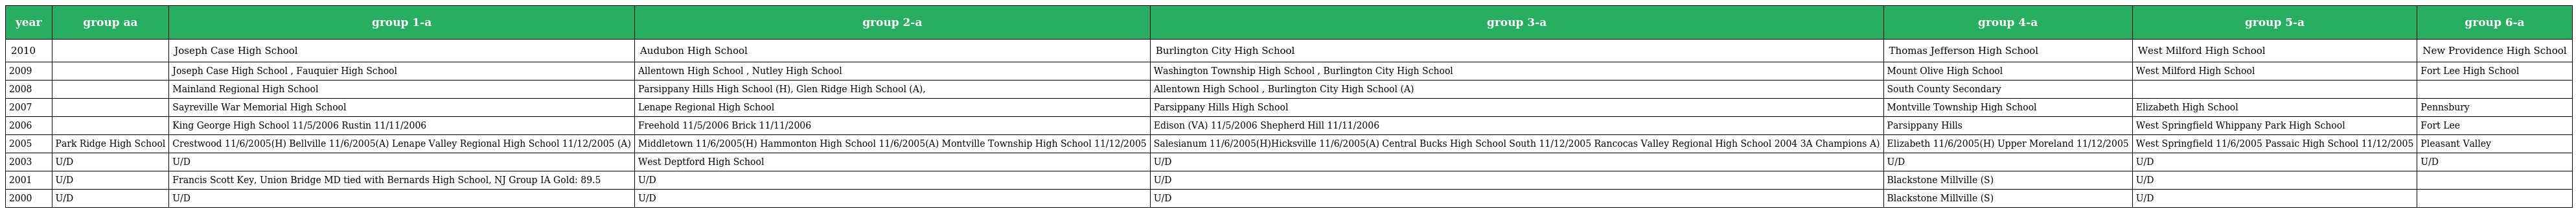
| year | group aa | group 1-a | group 2-a | group 3-a | group 4-a | group 5-a | group 6-a |
 | --- | --- | --- | --- | --- | --- | --- | --- |
 | 2010 |  | Joseph Case High School | Audubon High School | Burlington City High School | Thomas Jefferson High School | West Milford High School | New Providence High School |
 | 2009 |  | Joseph Case High School , Fauquier High School | Allentown High School , Nutley High School | Washington Township High School , Burlington City High School | Mount Olive High School | West Milford High School | Fort Lee High School |
 | 2008 |  | Mainland Regional High School | Parsippany Hills High School (H), Glen Ridge High School (A), | Allentown High School , Burlington City High School (A) | South County Secondary |  |  |
 | 2007 |  | Sayreville War Memorial High School | Lenape Regional High School | Parsippany Hills High School | Montville Township High School | Elizabeth High School | Pennsbury |
 | 2006 |  | King George High School 11/5/2006 Rustin 11/11/2006 | Freehold 11/5/2006 Brick 11/11/2006 | Edison (VA) 11/5/2006 Shepherd Hill 11/11/2006 | Parsippany Hills | West Springfield Whippany Park High School | Fort Lee |
 | 2005 | Park Ridge High School | Crestwood 11/6/2005(H) Bellville 11/6/2005(A) Lenape Valley Regional High School 11/12/2005 (A) | Middletown 11/6/2005(H) Hammonton High School 11/6/2005(A) Montville Township High School 11/12/2005 | Salesianum 11/6/2005(H)Hicksville 11/6/2005(A) Central Bucks High School South 11/12/2005 Rancocas Valley Regional High School 2004 3A Champions A) | Elizabeth 11/6/2005(H) Upper Moreland 11/12/2005 | West Springfield 11/6/2005 Passaic High School 11/12/2005 | Pleasant Valley |
 | 2003 | U/D | U/D | West Deptford High School | U/D | U/D | U/D | U/D |
 | 2001 | U/D | Francis Scott Key, Union Bridge MD tied with Bernards High School, NJ Group IA Gold: 89.5 | U/D | U/D | Blackstone Millville (S) | U/D |  |
 | 2000 | U/D | U/D | U/D | U/D | Blackstone Millville (S) | U/D |  |